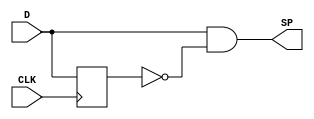
module singlePulse(CLK, D, SP);
     input CLK, D;
     output SP;
     reg Q;
     assign Qn = ~Q;
     assign SP = D & Qn;

     always @(posedge CLK) begin
         Q <= D;
     end
endmodule